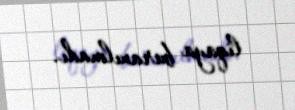
liqaya buraxılmadı.